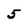
Character: 5